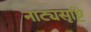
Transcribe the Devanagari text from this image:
नाट्यसृष्टि